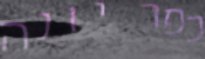
כפר יונה